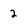
Character: 2